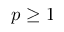
p \geq 1